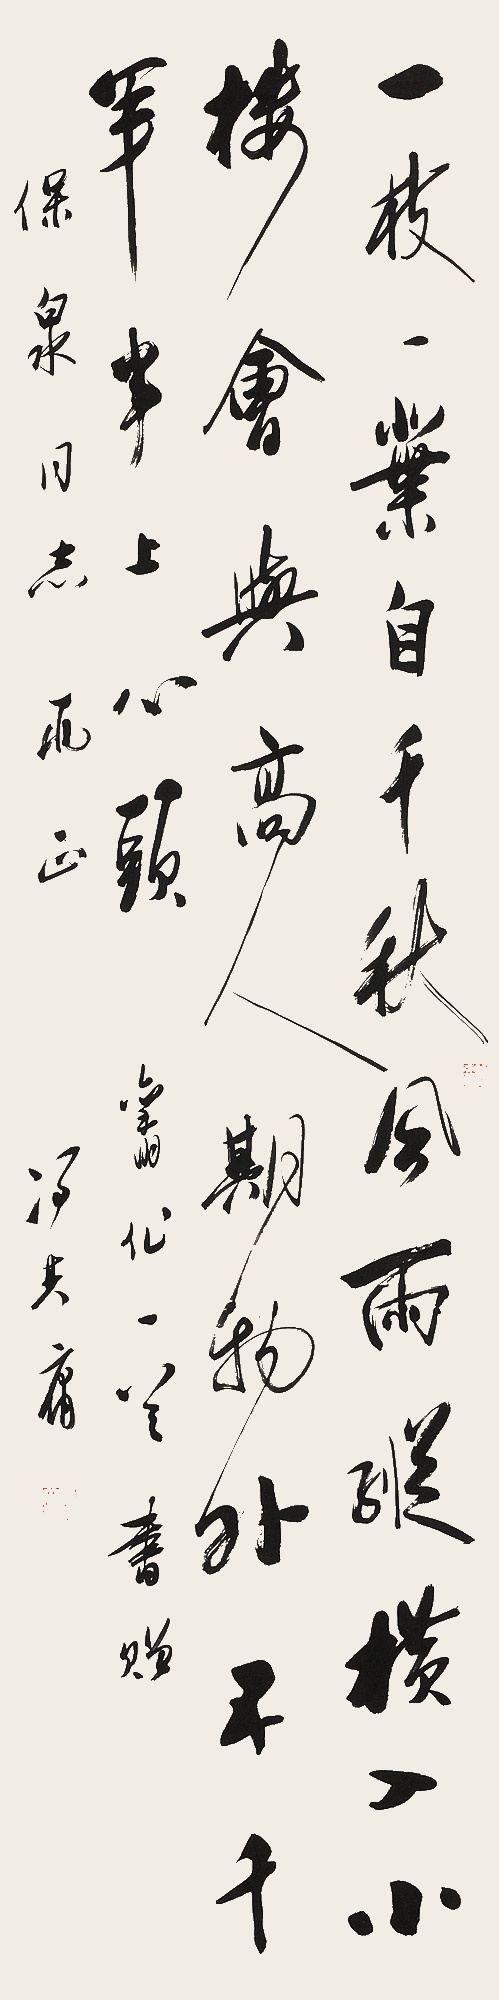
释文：一枝一叶自千秋，风雨纵横入小楼。会与高人期物外，五千年事上心头。旧作一首，书赠保泉同志两正，冯其庸。